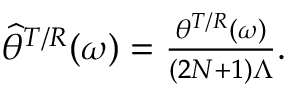
\begin{array} { r } { \widehat { \theta } ^ { T / R } ( \omega ) = \frac { \theta ^ { T / R } ( \omega ) } { ( 2 N + 1 ) \Lambda } . } \end{array}